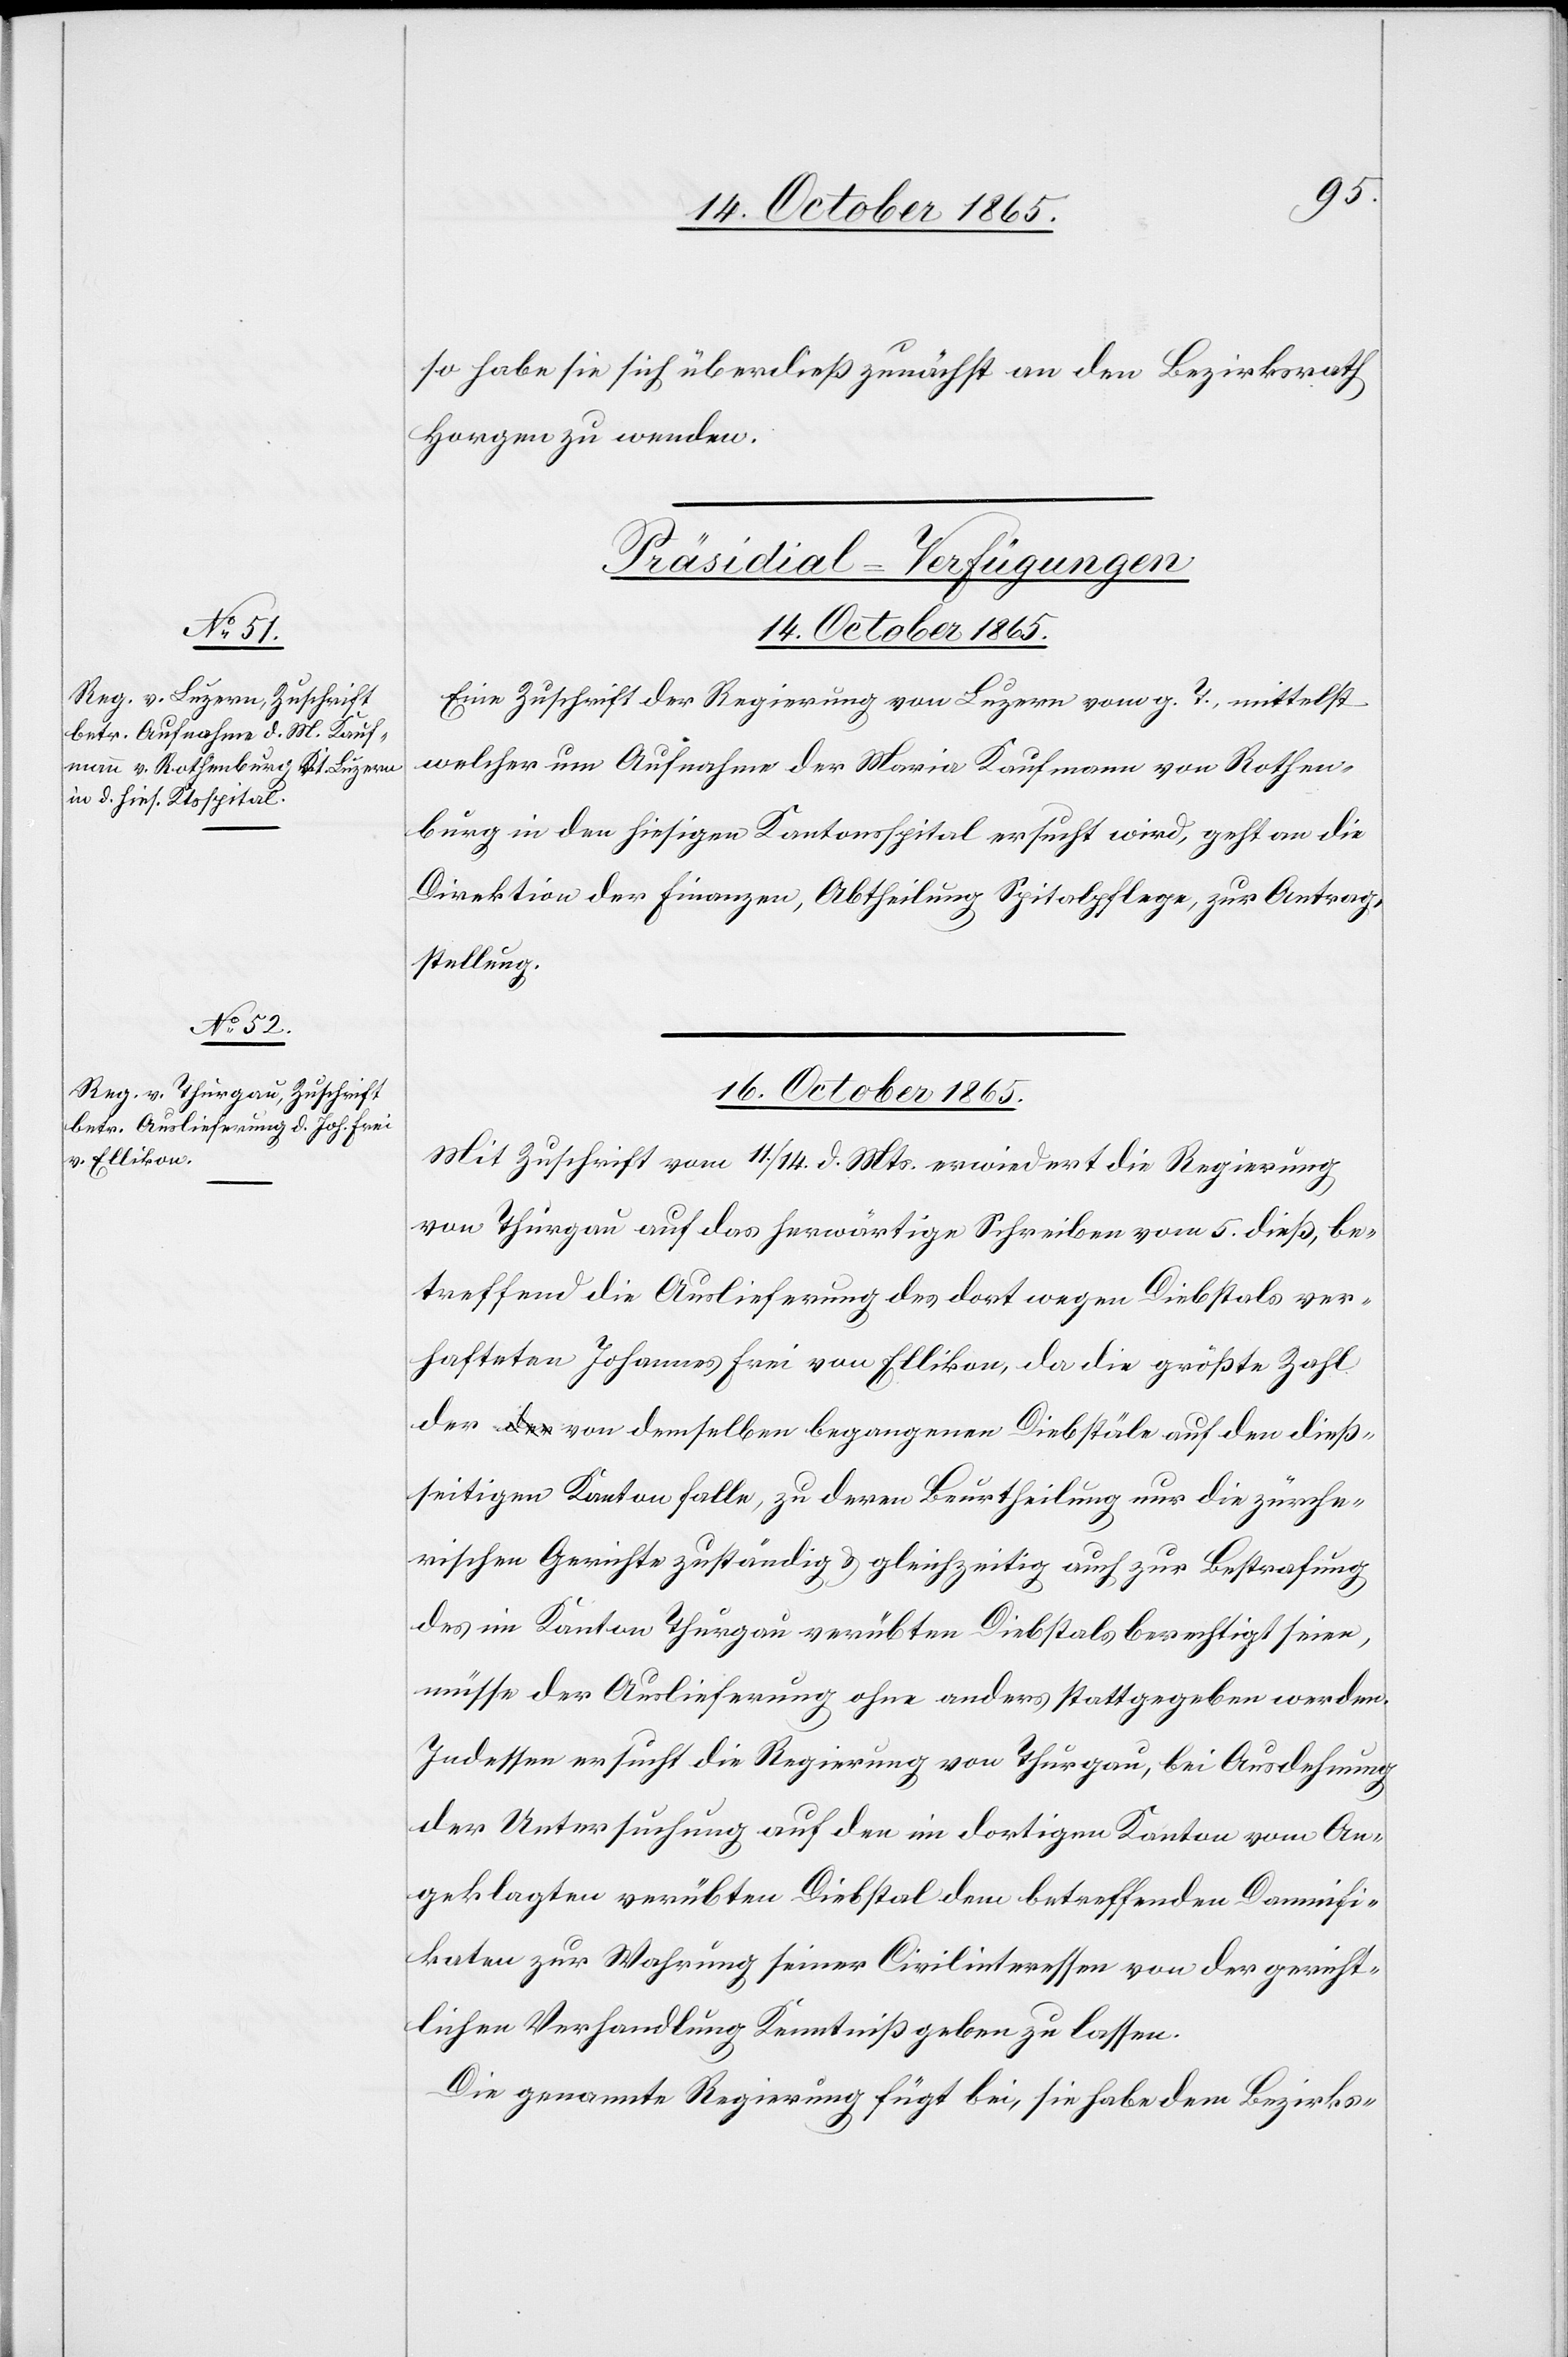
so habe sie sich überdieß zunächst an den Bezirksrath
Horgen zu wenden.
[Präsidial-Verfügungen]
14. October 1865.
Eine Zuschrift der Regierung von Luzern vom g. T., mittelst
welcher um Aufnahme der Maria Kaufmann von Rothen¬
burg in den hiesigen Kantonsspital ersucht wird, geht an die
Direktion der Finanzen, Abtheilung Spitalpflege, zur Antrag¬
stellung.
16. October 1865.
Mit Zuschrift vom 11./14. d. Mts. erwiedert die Regierung
von Thurgau auf das herwärtige Schreiben vom 5. dieß, be¬
treffend die Auslieferung des dort wegen Diebstals ver¬
hafteten Johannes Frei von Ellikon, da die größte Zahl
der von demselben begangenen Diebstäle auf den dieß¬
seitigen Kanton falle, zu deren Beurtheilung nur die zürche¬
rischen Gerichte zuständig & gleichzeitig auch zur Bestrafung
des im Kanton Thurgau verübten Diebstals berechtigt seien,
müsse der Auslieferung ohne anders stattgegeben werden.
Indessen ersucht die Regierung von Thurgau, bei Ausdehnung
der Untersuchung auf den im dortigen Kanton vom An¬
geklagten verübten Diebstal dem betreffenden Damnifi¬
katen zur Wahrung seiner Civilinteressen von der gericht¬
lichen Verhandlung Kenntniß geben zu lassen.
Die genannte Regierung fügt bei, sie habe dem Bezirks-